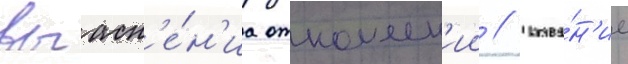
выасн'е́н'иа отношен'ии // Назва́н'ие